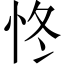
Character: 㤏